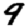
Digit: 9